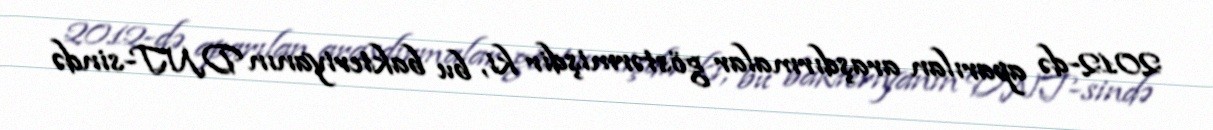
2012-də aparılan araşdırmalar göstərmişdir ki, bu bakteriyanın DNT-sində